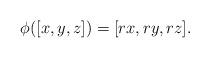
LaTeX: \begin{align*}\phi([x, y, z]) = [ r x, r y, r z ].\end{align*}